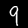
Label: 9